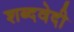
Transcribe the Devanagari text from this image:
शब्दवेदी